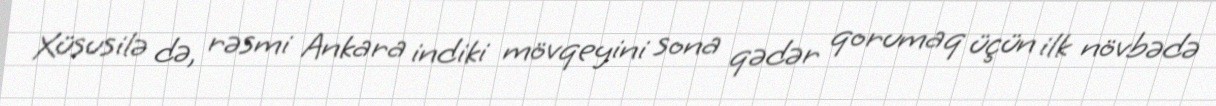
Xüsusilə də, rəsmi Ankara indiki mövqeyini sona qədər qorumaq üçün ilk növbədə